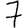
Digit: 7